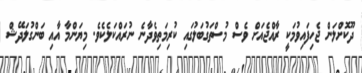
ދޫކޮށްލަން ޖެހިފައިވުމަކީ ރާއްޖެއަށް ވެސް މުސްތަގުބަލުގައި ކުރިމަތިވެދާނެ ނުރައްކަލެކެވެ. މިޔަންމާ އާއި ބަންގުލަދޭޝް